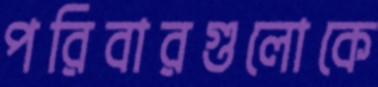
পরিবারগুলোকে